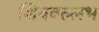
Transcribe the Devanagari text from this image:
शिववल्लभ